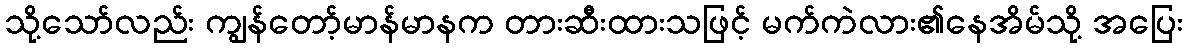
သို့သော်လည်း ကျွန်တော့်မာန်မာနက တားဆီးထားသဖြင့် မက်ကဲလား၏နေအိမ်သို့ အပြေး